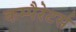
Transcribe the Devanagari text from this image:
कम्पैरेटर्स